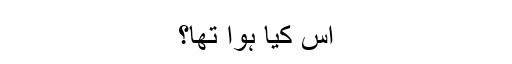
اس کیا ہوا تھا؟